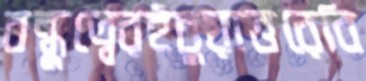
বন্ধুত্বেরইচুয়াত্তরেবি